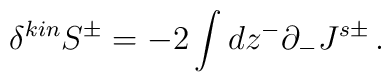
\delta^{kin} S^\pm =-2 \int dz^- \partial_- J^{s\pm}\,.